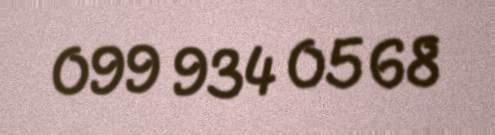
099 934 05 68